Punjab Mental Hospital Lahore 1932-46 - 1932-1946
Year: 1932
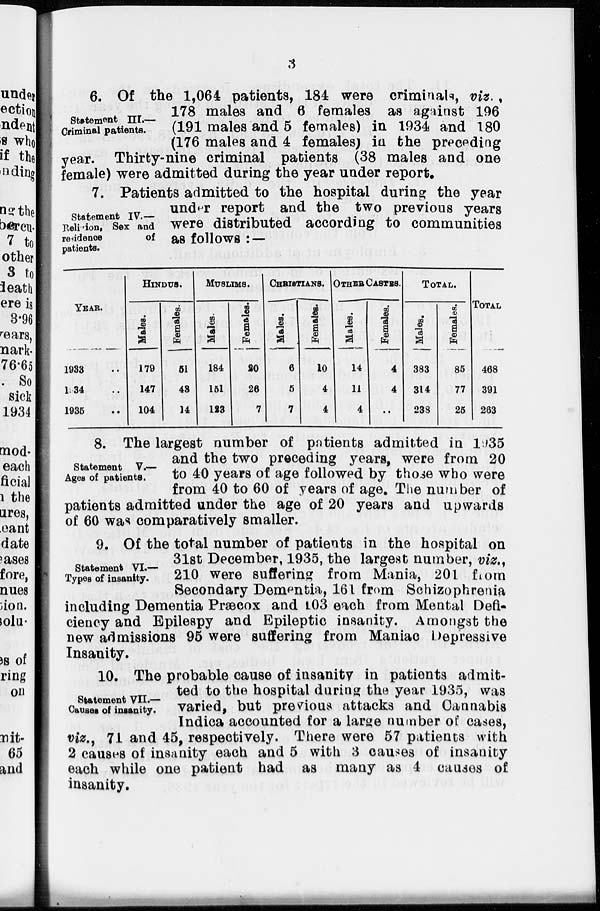
3
Statement III.—
Criminal patients.
6. Of the 1,064 patients, 184 were criminals, viz. ,
178 males and 6 females as against 196
(191 males and 5 females) in 1934 and 180
(176 males and 4 females) in the preceding
year. Thirty-nine criminal patients (38 males and one
female) were admitted during the year under report.
Statement IV.—
Religion, Sex and
residence
of
patients.
7. Patients admitted to the hospital during the year
under report and the two previous years
were distributed according to communities
as follows : —
YEAR.
1933 ..
1934 ..
1935 ..
HINDUS.
Males.
179
147
104
Females.
51
43
14
MUSLIMS.
Males.
184
151
123
Females.
20
26
7
CHRISTIANS.
Males.
6
5
7
Females.
10
4
4
OTHER CASTES.
Males.
14
11
4
Females.
4
4
..
TOTAL.
Males.
383
314
238
Females.
85
77
25
TOTAL
468
391
283
Statement V.—
Ages of patients.
8. The largest number of patients admitted in 1935
and the two preceding years, were from 20
to 40 years of age followed by those who were
from 40 to 60 of years of age. The number of
patients admitted under the age of 20 years and upwards
of 60 was comparatively smaller.
Statement VI.—
Types of insanity.
9. Of the total number of patients in the hospital on
31st December, 1935, the largest number, viz.,
210 were suffering from Mania, 201 from
Secondary Dementia, 161 from Schizophrenia
including Dementia Præcox and 103 each from Mental Defi-
ciency and Epilespy and Epileptic insanity. Amongst the
new admissions 95 were suffering from Maniac Depressive
Insanity.
Statement VII.—
Causes of insanity.
10. The probable cause of insanity in patients admit-
ted to the hospital during the year 1935, was
varied, but previous attacks and Cannabis
Indica accounted for a large number of cases,
viz., 71 and 45, respectively. There were 57 patients with
2 causes of insanity each and 5 with 3 causes of insanity
each while one patient had as many as 4 causes of
insanity.